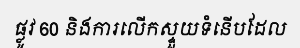
ផ្លូវ 60 និងការលើកស្ទួយទំនើបដែល